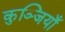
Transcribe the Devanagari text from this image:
कुञ्जियाँ